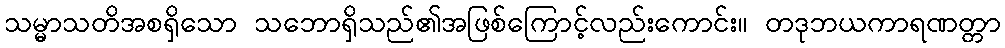
သမ္မာသတိအစရှိသော သဘောရှိသည်၏အဖြစ်ကြောင့်လည်းကောင်း။ တဒုဘယကာရဏတ္တာ